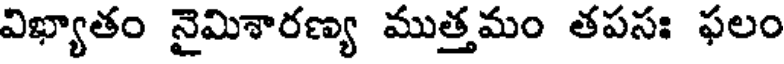
విఖ్యాతం నైమిశారణ్య ముత్తమం తపసః ఫలం